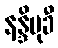
နန္ဒိမုခီ